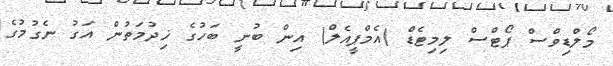
މޯލްޑިވްސް ޕޯޓްސް ލިމިޓެޑް (އެމްޕީއެލް) އިން ބުނީ ބަހުގެ ޚިދުމަތުން އަގު ނެގުމުގެ